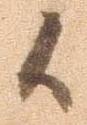
候